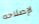
لإصلاحه